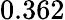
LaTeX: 0.362